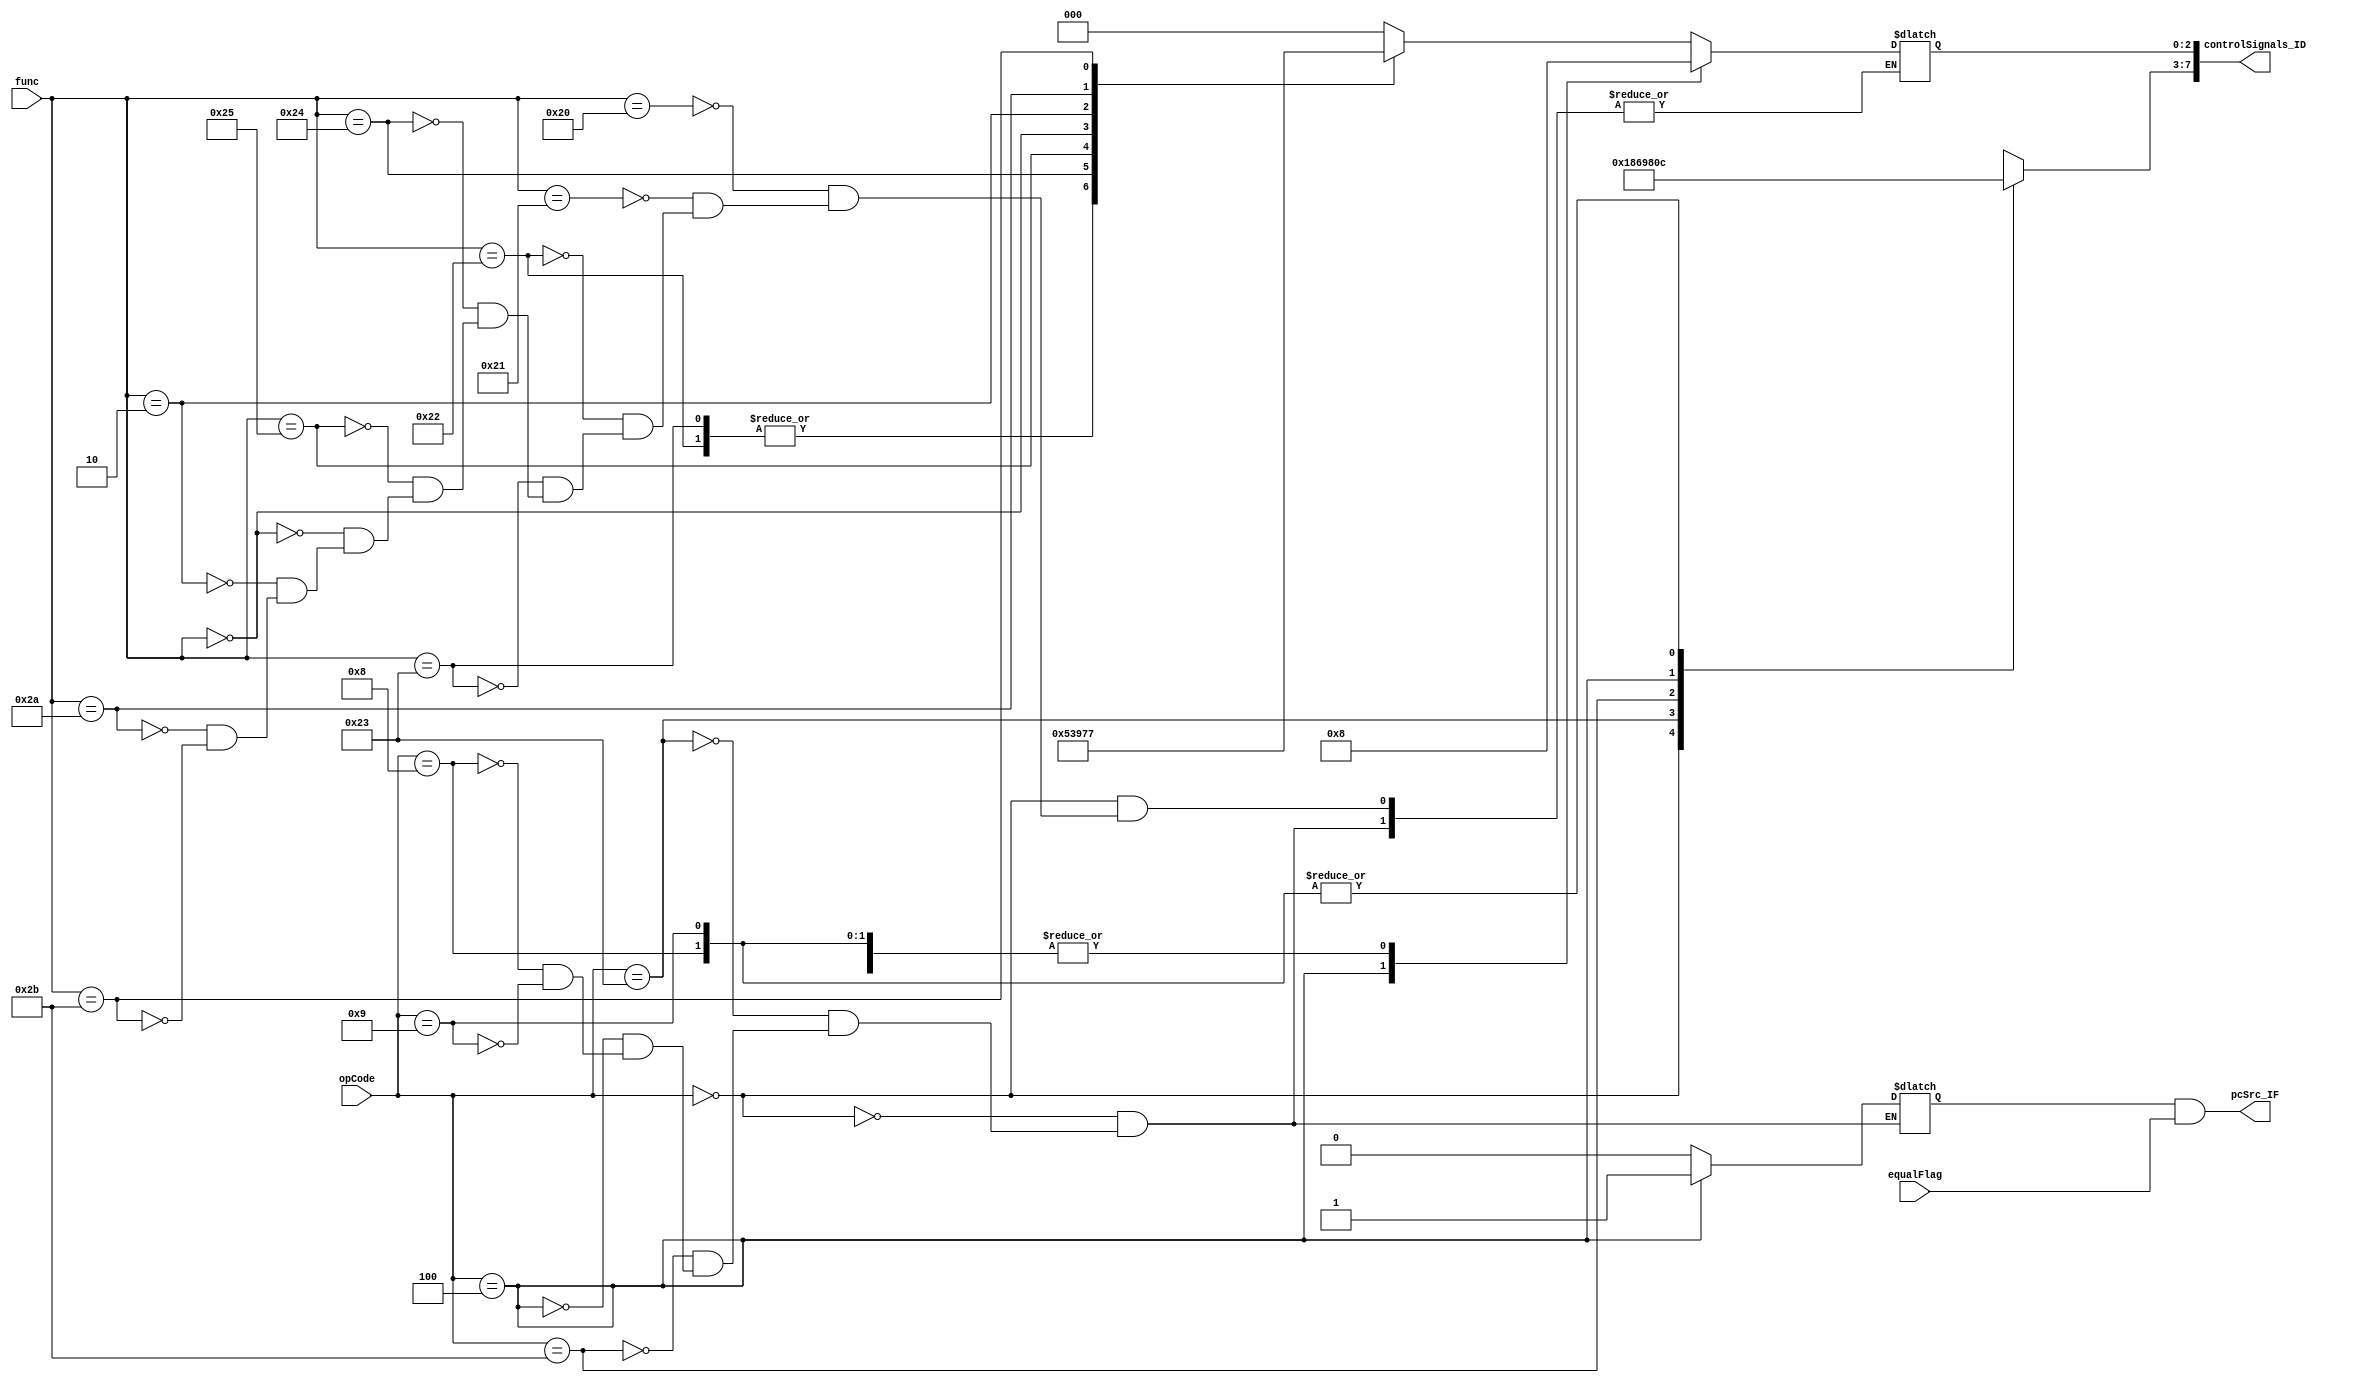
module control
(
    opCode,
    func,
    equalFlag,
    controlSignals_ID,
    pcSrc_IF
);

    input [5:0] opCode, func;
    input equalFlag;
    output reg [7:0] controlSignals_ID;
    output pcSrc_IF;

    reg [2:0] aluOp;
    reg [4:0] controlBits;
    reg branch;

	always @(*)
	begin
		case (opCode)
			6'b000000:	// R-type
			begin
				controlBits <= 5'b11000;
                branch <= 1'b0;
				case (func)
				6'b100000: aluOp <= 3'b000;			// ADD
				6'b100001: aluOp <= 3'b000;			// ADDU
				6'b100010: aluOp <= 3'b001;			// SUB
				6'b100011: aluOp <= 3'b001;			// SUBU
				6'b100100: aluOp <= 3'b010;			// AND
				6'b100101: aluOp <= 3'b011;			// OR
				6'b000000: aluOp <= 3'b100;			// SLL
				6'b000010: aluOp <= 3'b101;			// SRL
				6'b101010: aluOp <= 3'b110;			// SLT
				6'b101011: aluOp <= 3'b111;			// SLTU
				endcase
			end

			6'b100011:	// LW
			begin
				controlBits <= 5'b01101;
                branch <= 1'b0;
				aluOp <= 3'b000;
			end

			6'b101011:	// SW
			begin
				controlBits <= 5'b00110;
                branch <= 1'b0;
				aluOp <= 3'b000;
			end

			6'b000100:	// BEQ
			begin
				controlBits <= 5'b00000;
                branch <= 1'b1;
				aluOp <= 3'b001;
			end

			6'b001000:	// ADDI
			begin
				controlBits <= 5'b01100;
                branch <= 1'b0;
				aluOp <= 3'b000;
			end

			6'b001001:	// ADDIU
			begin
				controlBits <= 5'b01100;
                branch <= 1'b0;
				aluOp <= 3'b000;
			end

			default:
			begin
				controlBits <= 5'bxxxxx;
			end
		endcase

        controlSignals_ID = {controlBits, aluOp};
	end

	assign pcSrc_IF = branch & equalFlag;

endmodule